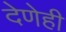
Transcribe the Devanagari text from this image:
देणेही